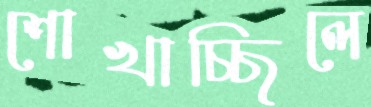
শোখাচ্ছিলে